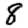
Digit: 8